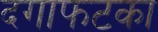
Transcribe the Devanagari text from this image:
दगाफटका